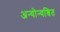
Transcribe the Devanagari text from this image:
अन्योन्यश्रित